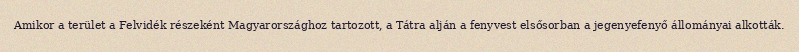
Amikor a terület a Felvidék részeként Magyarországhoz tartozott, a Tátra alján a fenyvest elsősorban a jegenyefenyő állományai alkották.